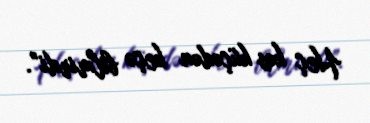
Heç kəs küçədən keçə bilmirdi”.